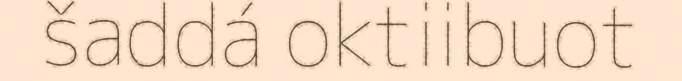
šaddá oktiibuot